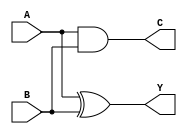
module HALF_ADDER(Y,C,A,B);
   input A, B;
   output Y, C;

   xor inst1(Y, A, B);
   and inst2(C, A, B);
   
endmodule